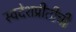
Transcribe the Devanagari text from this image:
स्वदेशप्रीतीची